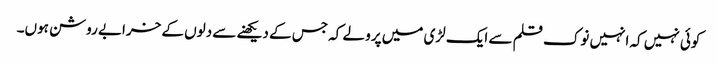
کوئی نہیں کہ انہیں نوک قلم سے ایک لڑی میں پرو لے کہ جس کے دیکھنے سے دلوں کے خرابے روشن ہوں۔